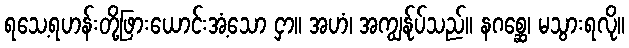
ရသေ့ရဟန်းတို့ဖြားယောင်းအံ့သော ငှာ။ အဟံ၊ အကျွန်ုပ်သည်။ နဂစ္ဆေ၊ မသွားရလို။